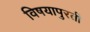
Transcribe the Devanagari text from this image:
विषयापुरती